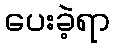
ပေးခဲ့ရာ